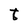
Character: t